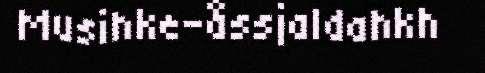
Musihke-åssjaldahkh